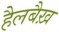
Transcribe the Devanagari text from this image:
हैलबैख़